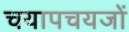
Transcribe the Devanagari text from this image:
चयापचयजों